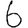
Digit: 6